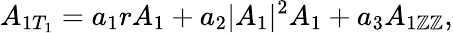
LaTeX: A_{1T_{1}}=a_{1}rA_{1}+a_{2}|A_{1}|^{2}A_{1}+a_{3}A_{1\mathbb{Z}\mathbb{Z}},